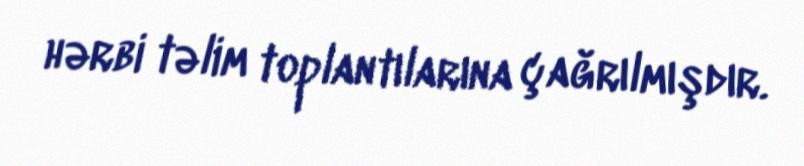
hərbi təlim toplantılarına çağrılmışdır.